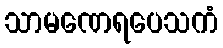
သာမဏေရပေသကံ